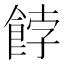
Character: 餑